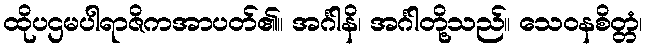
ထိုပဌမပါရာဇိကအာပတ်၏။ အင်္ဂါနိ၊ အင်္ဂါတို့သည်။ သေဝနစိတ္တံ၊